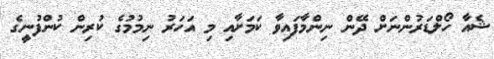
ޝެއާ ހޯލްޑަރުންނަށް ދޭން ނިންމާފައިވާ ކަމަށާއި މި އަހަރު ނިމުމުގެ ކުރިން ކުންފުނީގެ